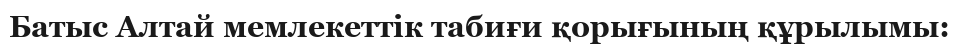
Батыс Алтай мемлекеттік табиғи қорығының құрылымы: